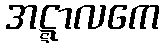
အဋ္ဋာလကေ